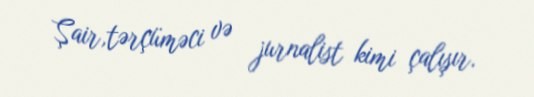
Şair,tərçüməci və jurnalist kimi çalışır.